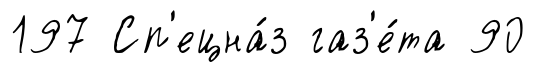
197 Сп'ецна́з газ'е́та 90